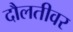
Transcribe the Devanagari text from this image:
दौलतीवर